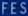
FES